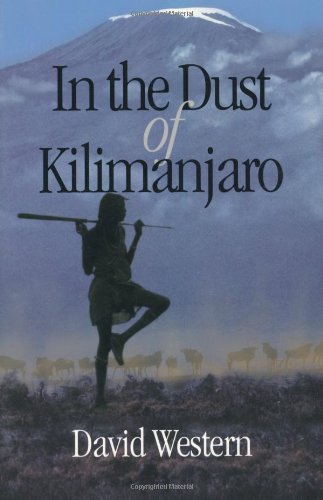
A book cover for In the Dust of Kilimanjaro (Shearwater Book); David Western; History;